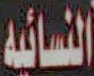
النسائيه